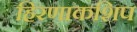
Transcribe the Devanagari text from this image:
हिरणाकशिप